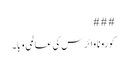
###
کورونا وائرس کی عالمی وبا۔